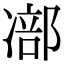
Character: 𠘁